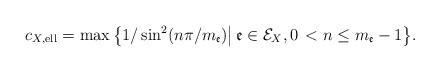
LaTeX: \begin{align*}c_{X,\mathrm{ell}}=\max\big\lbrace 1\slash\sin^{2}(n\pi\slash m_{\mathfrak{e}})\big|\,\mathfrak{e}\in\mathcal{E}_{X},0\,< n\leq m_{\mathfrak{e}}-1 \big\rbrace .\end{align*}